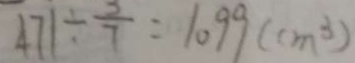
4 7 1 \div \frac { 3 } { 7 } = 1 0 9 9 ( c m ^ { 3 } )